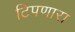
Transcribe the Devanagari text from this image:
टिपणारा